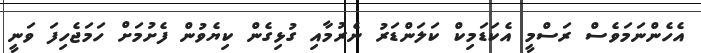
އެހެންނަމަވެސް ރަސްމީ އެކަޑަމިކް ކަލަންޑަރު ނެރުމާއި ގުޅިގެން ކިޔެވުން ފެށުމަށް ހަމަޖެހިފަ ވަނީ